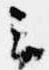
云